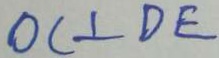
O C \bot D E